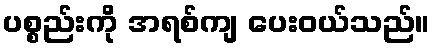
ပစ္စည်းကို အရစ်ကျ ပေးဝယ်သည်။